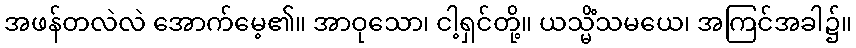
အဖန်တလဲလဲ အောက်မေ့၏။ အာဝုသော၊ ငါ့ရှင်တို့။ ယသ္မိံသမယေ၊ အကြင်အခါ၌။